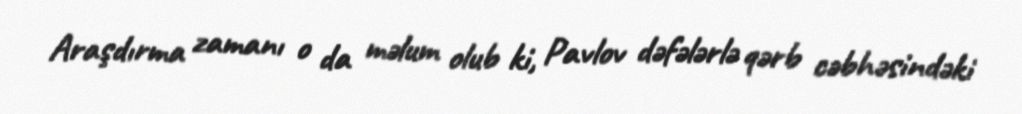
Araşdırma zamanı o da məlum olub ki, Pavlov dəfələrlə qərb cəbhəsindəki